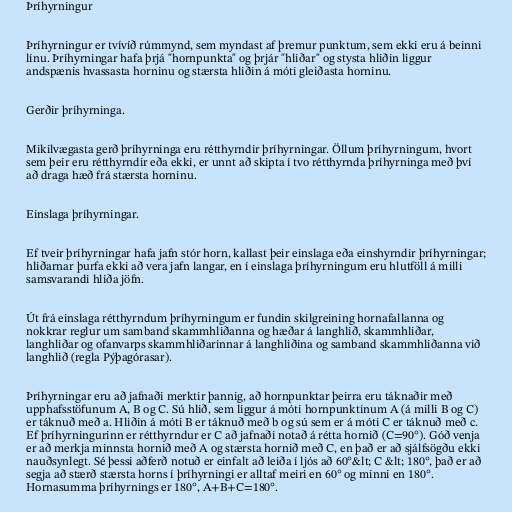
Þríhyrningur

Þríhyrningur er tvívíð rúmmynd, sem myndast af þremur punktum, sem ekki eru á beinni
línu. Þríhyrningar hafa þrjá "hornpunkta" og þrjár "hliðar" og stysta hliðin liggur
andspænis hvassasta horninu og stærsta hliðin á móti gleiðasta horninu.

Gerðir þríhyrninga.

Mikilvægasta gerð þríhyrninga eru rétthyrndir þríhyrningar. Öllum þríhyrningum, hvort
sem þeir eru rétthyrndir eða ekki, er unnt að skipta í tvo rétthyrnda þríhyrninga með því
að draga hæð frá stærsta horninu.

Einslaga þríhyrningar.

Ef tveir þríhyrningar hafa jafn stór horn, kallast þeir einslaga eða einshyrndir þríhyrningar;
hliðarnar þurfa ekki að vera jafn langar, en í einslaga þríhyrningum eru hlutföll á milli
samsvarandi hliða jöfn.

Út frá einslaga rétthyrndum þríhyrningum er fundin skilgreining hornafallanna og
nokkrar reglur um samband skammhliðanna og hæðar á langhlið, skammhliðar,
langhliðar og ofanvarps skammhliðarinnar á langhliðina og samband skammhliðanna við
langhlið (regla Pýþagórasar).

Þríhyrningar eru að jafnaði merktir þannig, að hornpunktar þeirra eru táknaðir með
upphafsstöfunum A, B og C. Sú hlið, sem liggur á móti hornpunktinum A (á milli B og C)
er táknuð með a. Hliðin á móti B er táknuð með b og sú sem er á móti C er táknuð með c.
Ef þríhyrningurinn er rétthyrndur er C að jafnaði notað á rétta hornið (C=90°). Góð venja
er að merkja minnsta hornið með A og stærsta hornið með C, en það er að sjálfsögðu ekki
nauðsynlegt. Sé þessi aðferð notuð er einfalt að leiða í ljós að 60°&lt; C &lt; 180°, það er að
segja að stærð stærsta horns í þríhyrningi er alltaf meiri en 60° og minni en 180°.
Hornasumma þríhyrnings er 180°, A+B+C=180°.